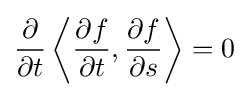
{\frac {\partial }{\partial t}}\left\langle {\frac {\partial f}{\partial t}},{\frac {\partial f}{\partial s}}\right\rangle =0